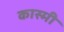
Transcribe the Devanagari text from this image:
कास्‍मी